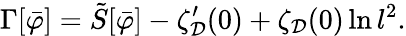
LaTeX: \Gamma[\bar{\varphi}]=\tilde{S}[\bar{\varphi}]-\zeta_{\cal D}^{\prime}(0)+\zeta_{\cal D}(0)\ln l^{2}.